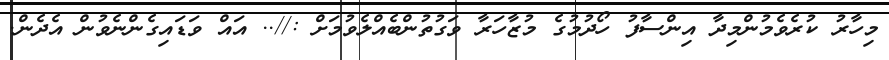
މިހާރު ކުރެވެމުންމިދާ އިންސާފު ހޯދުމުގެ މުޒާހަރާ ވަގުތުންބެއްލެވުމަށް ://.. އައް ވަޑައިގެންނެވުން އެދެން.